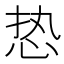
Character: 𰑔